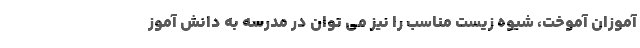
آموزان آموخت، شیوه زیست مناسب را نیز می توان در مدرسه به دانش آموز